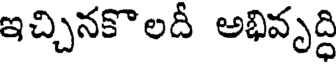
ఇచ్చినకొలదీ అభివృద్ధి